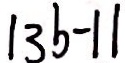
\vert 3 b - 1 \vert